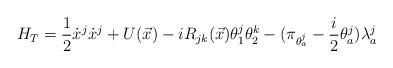
LaTeX: \begin{align*}H_T=\displaystyle\frac{1}{2} \dot{x}^j \dot{x}^j +U(\vec{x})- iR_{jk}(\vec{x}) \theta^j_1\theta^k_2-(\pi_{\theta_a^j}-\displaystyle\frac{i}{2}\theta_a^j) \lambda_a^j\end{align*}